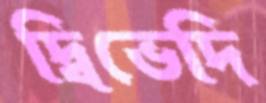
দ্বিভেদি